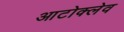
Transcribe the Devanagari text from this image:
आटोक्‍लेव